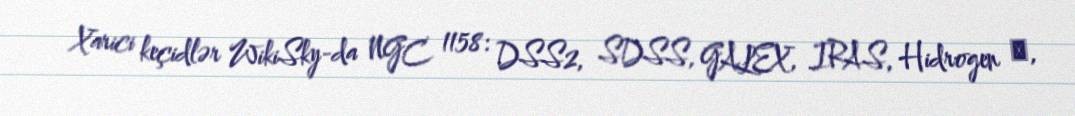
Xarici keçidlər WikiSky-da NGC 1158: DSS2, SDSS, GALEX, IRAS, Hidrogen α,